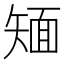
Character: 𱳢